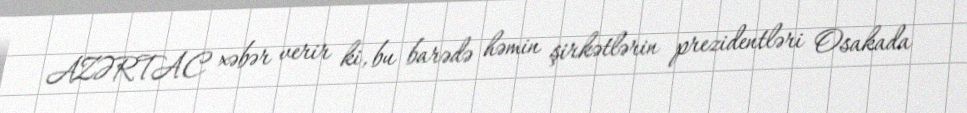
AZƏRTAC xəbər verir ki, bu barədə həmin şirkətlərin prezidentləri Osakada